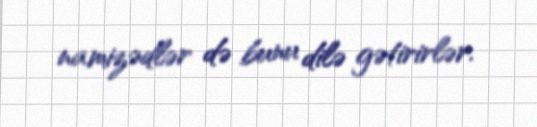
namizədlər də bunu dilə gətirirlər.